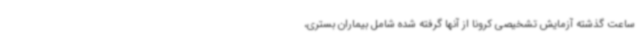
ساعت گذشته آزمایش تشخیصی کرونا از آنها گرفته شده شامل بیماران بستری،